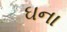
ઘના